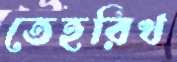
তেহরিখ